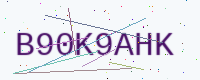
Text: B90K9AHK